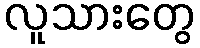
လူသားတွေ